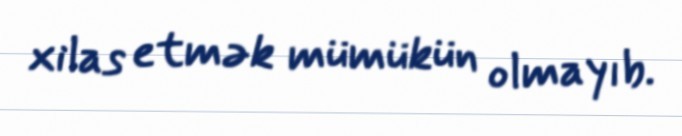
xilas etmək mümükün olmayıb.